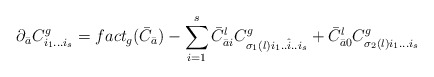
\begin{align*}\partial_{\bar a} C_{i_1 ... i_s}^g = fact_{g} ({\bar C}_{\bar a}) -\sum_{i=1}^s {\bar C}_{{\bar a} i}^l C_{\sigma_1 (l) i_1 ..{\hat i} .. i_s}^g + {\bar C}_{{\bar a} 0}^l C_{\sigma_2(l) i_1 ... i_s}^g\end{align*}